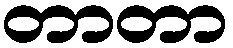
တာတာ